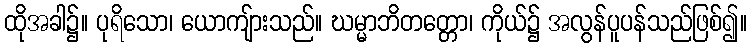
ထိုအခါ၌။ ပုရိသော၊ ယောကျ်ားသည်။ ဃမ္မာဘိတတ္တော၊ ကိုယ်၌ အလွန်ပူပန်သည်ဖြစ်၍။